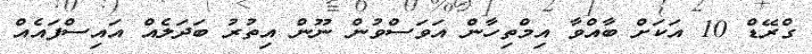
ގްރޭޑް 10 އަކަށް ބާއްވާ އިމްތިހާން އަވަސްވުން ނޫން އިތުރު ބަދަލެއް އައިސްފައެއް